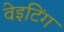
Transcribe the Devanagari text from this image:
वेइटिंग